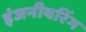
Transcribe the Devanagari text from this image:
इंजनीयरिंग